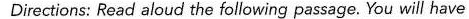
Directions: Read aloud the following passage. You will have